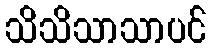
သိသိသာသာပင်